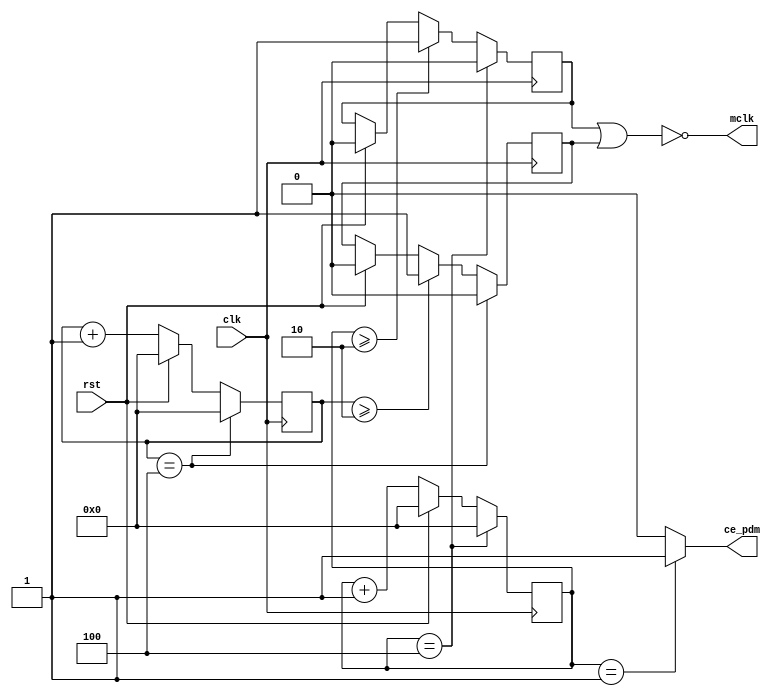
/*
with 8 MHz cristal 
PLL feedback divider = 18 
18 *8 = 144 
main clock 
PLL 1 divider  = 6
144/6 = 24
second clock 
144/3 = 48
*/

module micclk(clk, rst, mclk, ce_pdm);
  input clk, rst;
  output mclk;
  output ce_pdm;
  
  reg  tmp1, tmp2;
  
  assign mclk = ~(tmp1 | tmp2);
  reg [3:0] cnt1, cnt2;

/* delay one cycle vs. MIC Clk*/
  assign ce_pdm = cnt1==4'b001 ? 1 : 0;

  always @(posedge clk)
    begin
      if (rst) begin
            cnt1 <= 0;
            tmp1 <= 0;
      end
      else
        cnt1 <= cnt1 + 1;
      if (cnt1 >=  2)
            tmp1 <=  1'b1;
      if (cnt1 == 4) begin
          cnt1 <= 0;
          tmp1 <= 0;
      end
    end
  
  always @(negedge clk)
    begin
      if (rst) begin
            cnt2 <= 0;
            tmp2 <= 0;
      end
      else
        cnt2 <= cnt2 + 1;
      if (cnt2 >=  2)
            tmp2 <=  1'b1;
      if (cnt2 == 4) begin
          cnt2 <= 0;
          tmp2 <= 0;
      end
    end
endmodule


module pcm_clk(clk, rst, prescaler, ce_pcm); 

  input clk, rst;
  input [9:0] prescaler;
  output reg ce_pcm;
  
  reg [9:0] count;
  
  always@(posedge clk) begin 
    if(rst)begin 
      ce_pcm <=0;
      count <= 0;
    end
    else if(count == prescaler) begin
        ce_pcm <= 1;
        count <=0;
    end
    else begin
    	count <= count + 1;
        ce_pcm <= 0;
    end
    
  end

endmodule